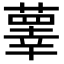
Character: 䕉